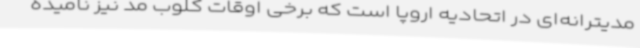
مدیترانه‌ای در اتحادیه اروپا است که برخی اوقات کلوب مد نیز نامیده